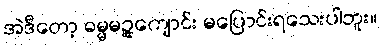
အဲဒီတော့ ဓမ္မမဉ္ဇူကျောင်း မပြောင်းရသေးပါဘူး။